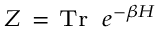
\scriptstyle Z \ = \ \operatorname { T r } \ e ^ { - \beta H }